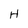
Character: H